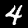
Label: 4